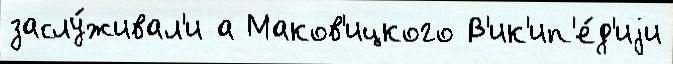
заслу́живал'и а Маков'ицкого В'ик'ип'е́д'иjи